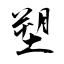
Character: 塑